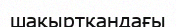
шақыртқандағы